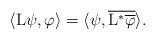
LaTeX: \begin{align*}\langle{\rm L}\psi, \varphi\rangle=\langle \psi,\overline{{\rm L}^* \overline{\varphi}}\rangle.\end{align*}